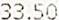
33.50